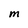
Character: M